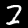
Digit: 2